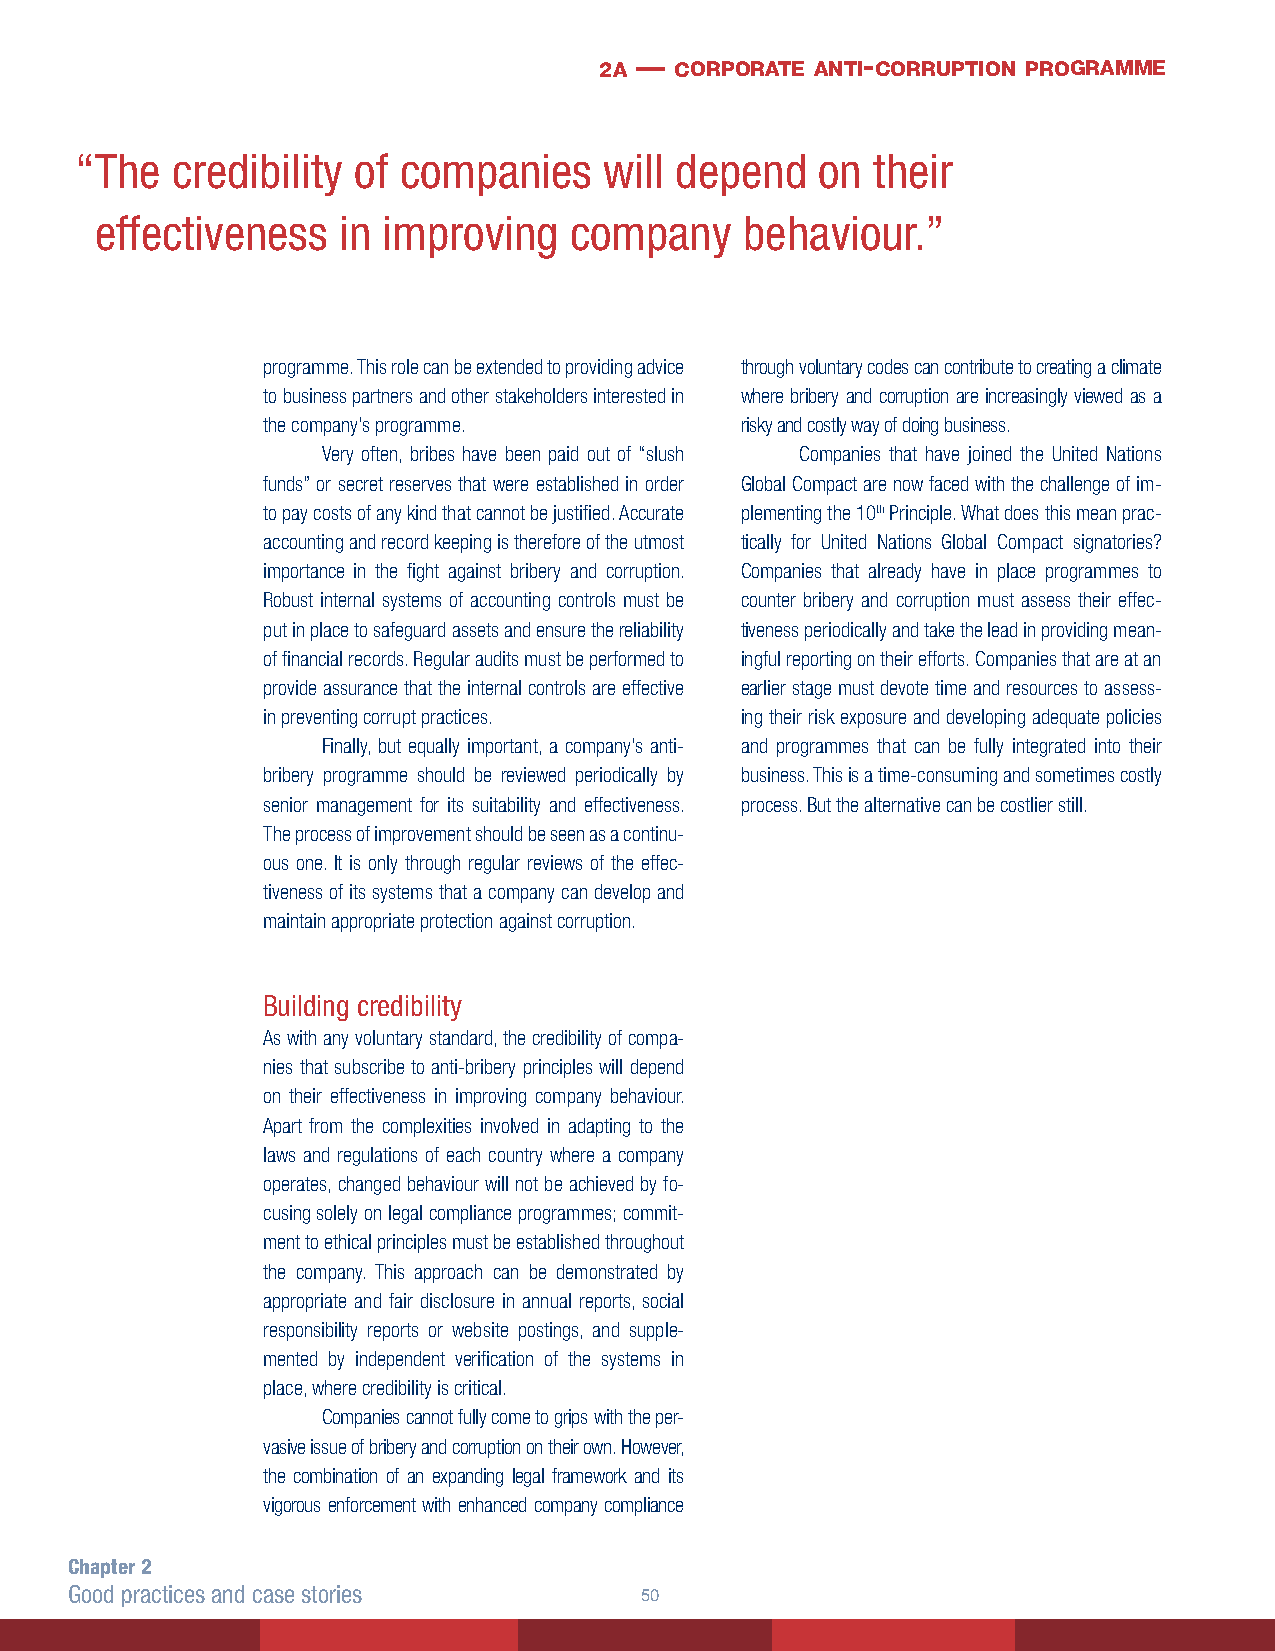
2a — corporate anti- corruption programme
 “T he credibility of companies     will depend   on  their
 effectiveness   in improving    company    behaviour.”
 programme. This role can be extended to providing advice through voluntary codes can contribute to creating a climate
 to business partners and other stakeholders interested in where bribery and corruption are increasingly viewed as a
 the company’s programme.        risky and costly way of doing business.
 Very often, bribes have been paid out of “slush Companies that have joined the United Nations
 funds” or secret reserves that were established in order Global Compact are now faced with the challenge of im-
 to pay costs of any kind that cannot be justified. Accurate plementing the 10th Principle. What does this mean prac-
 accounting and record keeping is therefore of the utmost tically for United Nations Global Compact signatories?
 importance in the fight against bribery and corruption. Companies that already have in place programmes to
 Robust internal systems of accounting controls must be counter bribery and corruption must assess their effec-
 put in place to safeguard assets and ensure the reliability tiveness periodically and take the lead in providing mean-
 of financial records. Regular audits must be performed to ingful reporting on their efforts. Companies that are at an
 provide assurance that the internal controls are effective earlier stage must devote time and resources to assess-
 in preventing corrupt practices. ing their risk exposure and developing adequate policies
 Finally, but equally important, a company’s anti- and programmes that can be fully integrated into their
 bribery programme should be reviewed periodically by business. This is a time-consuming and sometimes costly
 senior management for its suitability and effectiveness. process. But the alternative can be costlier still.
 The process of improvement should be seen as a continu-
 ous one. It is only through regular reviews of the effec-
 tiveness of its systems that a company can develop and
 maintain appropriate protection against corruption.
 Building credibility
 As with any voluntary standard, the credibility of compa-
 nies that subscribe to anti-bribery principles will depend
 on their effectiveness in improving company behaviour.
 Apart from the complexities involved in adapting to the
 laws and regulations of each country where a company
 operates, changed behaviour will not be achieved by fo-
 cusing solely on legal compliance programmes; commit-
 ment to ethical principles must be established throughout
 the company. This approach can be demonstrated by
 appropriate and fair disclosure in annual reports, social
 responsibility reports or website postings, and supple-
 mented by independent verification of the systems in
 place, where credibility is critical.
 Companies cannot fully come to grips with the per-
 vasive issue of bribery and corruption on their own. However,
 the combination of an expanding legal framework and its
 vigorous enforcement with enhanced company compliance
 Chapter 2
 Good practices and case stories      50